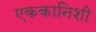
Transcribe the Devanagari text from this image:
एककानिशी